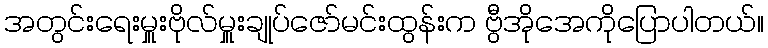
အတွင်းရေးမှူးဗိုလ်မှူးချုပ်ဇော်မင်းထွန်းက ဗွီအိုအေကိုပြောပါတယ်။